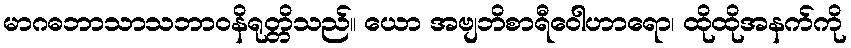
မာဂဓဘာသာသဘာဝနိရုတ္တိသည်။ ယော အဗျဘိစာရီဝေါဟာရော၊ ထိုထိုအနက်ကို